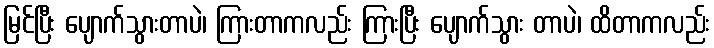
မြင်ပြီး ပျောက်သွားတာပဲ၊ ကြားတာကလည်း ကြားပြီး ပျောက်သွား တာပဲ၊ ထိတာကလည်း